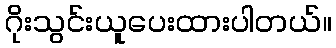
ဂိုးသွင်းယူပေးထားပါတယ်။